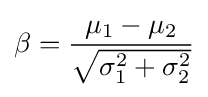
\beta ={\frac {\mu _{1}-\mu _{2}}{\sqrt {\sigma _{1}^{2}+\sigma _{2}^{2}}}}